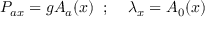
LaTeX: P _ { a x } = g A _ { a } ( x ) \; \; ; \; \; \; \; \lambda _ { x } = A _ { 0 } ( x )